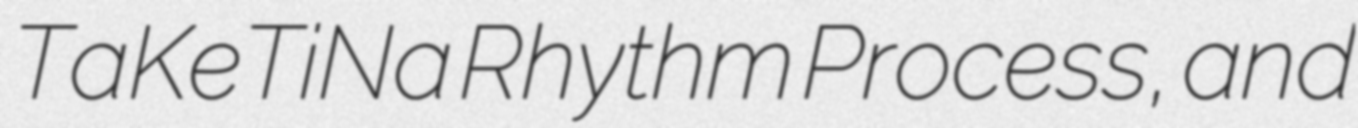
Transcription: TaKeTiNa Rhythm Process, and